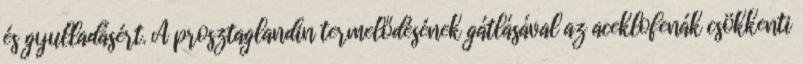
és gyulladásért. A prosztaglandin termelődésének gátlásával az aceklofenák csökkenti